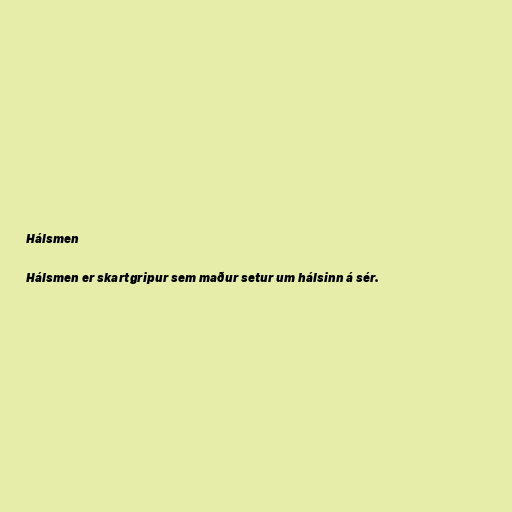
Hálsmen

Hálsmen er skartgripur sem maður setur um hálsinn á sér.